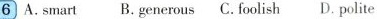
6 A.smart B.generous C. foolish D. polite